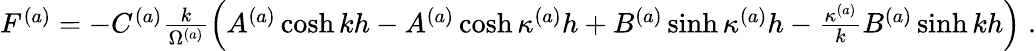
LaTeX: \begin{array}{r}{F^{(a)}=-C^{(a)}\frac{k}{\Omega^{(a)}}\left(A^{(a)}\cosh kh-A^{(a)}\cosh\kappa^{(a)}h+B^{(a)}\sinh\kappa^{(a)}h-\frac{\kappa^{(a)}}{k}B^{(a)}\sinh kh\right)\; .}\end{array}